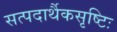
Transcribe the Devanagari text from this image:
सत्पदार्थैकसृष्टिः